system: You are a helpful assistant.
user:
Analyze the provided spectrum to determine if it is a **"Cataclysmic Variables (CV)"**.

- **Key Indicators for CV (Check for either state):**
    - **State 1: Quiescent / Low-State (Emission-Dominated)**
        - **(Primary):** Strong and *very broad* Hydrogen Balmer emission lines (e.g., $H\alpha$ at 6563 Å, $H\beta$ at 4861 Å). The 'broadness' (high velocity dispersion, often FWHM > 1000 km/s) is the key diagnostic, indicating a high-velocity accretion disk.
        - **(Secondary):** Broad neutral Helium (He I) emission lines (e.g., 5876 Å, 6678 Å).
        - **(Key Confirmation):** Presence of high-excitation *ionized* Helium (He II) emission at 4686 Å. This is a strong indicator of accretion onto a white dwarf.
        - **(Line Profile):** Emission lines may exhibit a 'double-peaked' profile, which is a classic signature of a rotating accretion disk viewed at high inclination.

    - **State 2: Outburst / High-State (Absorption-Dominated)**
        - **(Primary):** Spectrum is dominated by a bright, blue continuum (looks like a hot star).
        - **(Secondary):** The emission lines from State 1 are weak, absent, or 'filled in', and are replaced by broad, shallow *absorption* lines (primarily Balmer and He I).
        - **(Morphology):** The overall spectrum mimics a hot B/A-type star. The crucial difference is that the absorption lines are significantly broader, shallower, and more 'washed-out' (or 'smeared') than the sharp lines of a normal stellar photosphere, due to high rotational speeds and pressure broadening in the disk.

Think first, call **spectral_visualization_tool** if needed to examine features in detail, then provide your final answer. Your response must adhere to the following strict rules:
1.  **Overall Structure:** Your response must follow the format `<think>...</think> <tool_call>...</tool_call> (if a tool is used) <answer>...</answer>`.
2.  **Tool Usage Constraint:** You may only make **one** tool call per turn.
3.  **Final Answer Format:** In the `<answer>` tag, your conclusion must be inside a `\boxed{}` command (e.g., `\boxed{YES}`), followed by your justification.

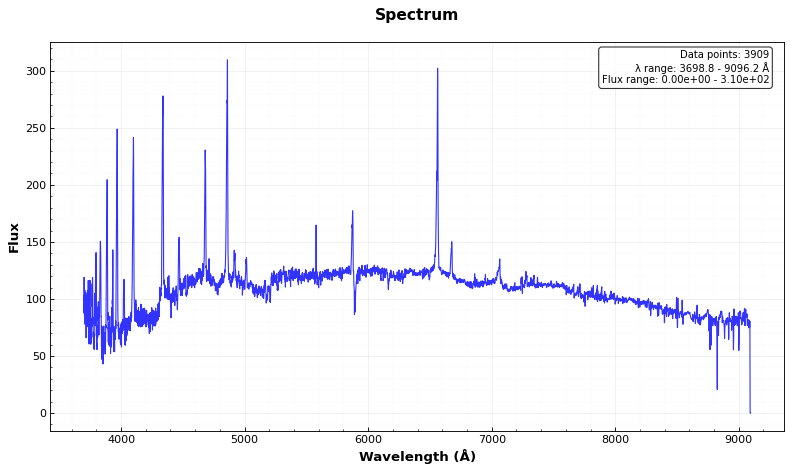
Answer: YES